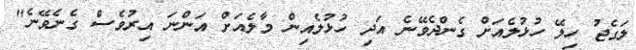
ލަގެޖު ހިލޭ ހުޅުލެއަށް ގެންދެވޭނެ އަދި ހުޅުލެއިން މާލެއަށް އަންނަ އިރުވެސް ގެނެވޭނެ"